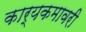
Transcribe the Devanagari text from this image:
कार्यकमावरी